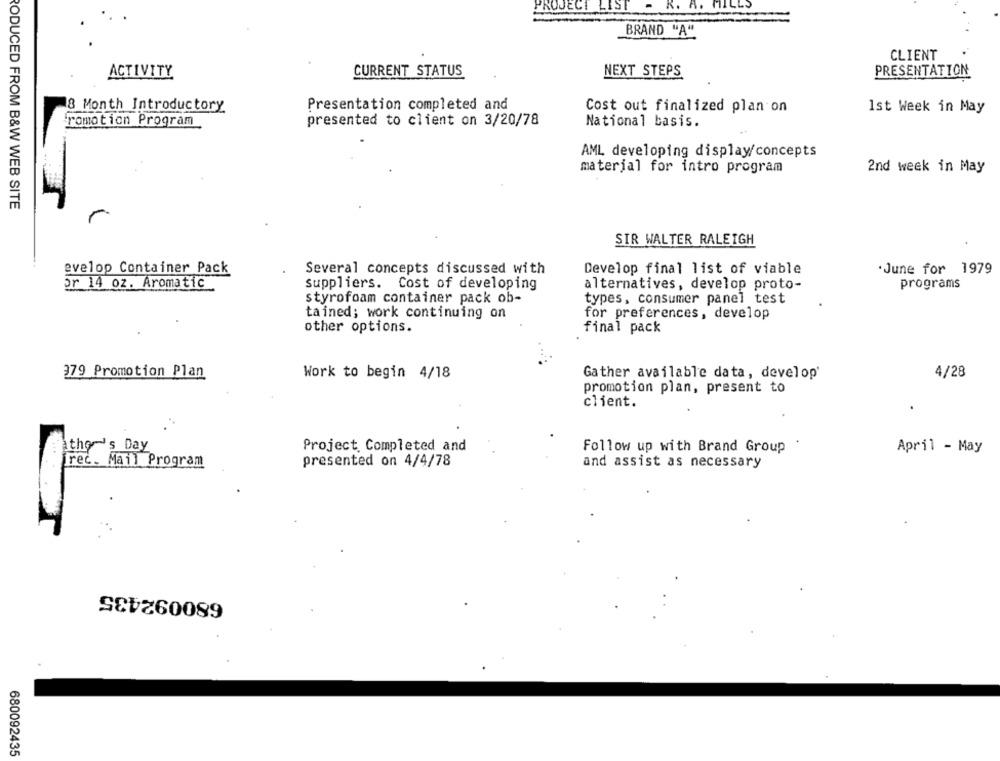
PROJECT LIST
K. A. MILLS
BRAND "A"
CLIENT
ACTIVITY
CURRENT STATUS
NEXT STEPS
PRESENTATION
8 Month Introductory
Presentation completed and
Cost out finalized plan on
1st Week in May
romotion Program
presented to client on 3/20/78
National basis.
AML developing display/concepts
material for intro program
2nd week in May
PODUCED FROM B&W WEB SITE
SIR WALTER RALEIGH
evelop Container Pack
Several concepts discussed with
Develop final list of viable
.June for 1979
or 14 oz. Aromatic
Suppliers. Cost of developing
alternatives, develop proto-
programs
styrofoam container pack ob-
types, consumer panel test
tained; work continuing on
for preferences, develop
other options.
final pack
4/28
379 Promotion Plan
Work to begin 4/18
Gather available data, develop'
promotion plan, present to
client.
Atho 's Day
Project. Completed and
Follow up with Brand Group
April - May
irec. Mail Program
presented on 4/4/78
and assist as necessary
SEVZ60089
680092435